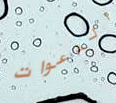
الدعوات